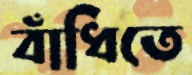
বাঁধিতে